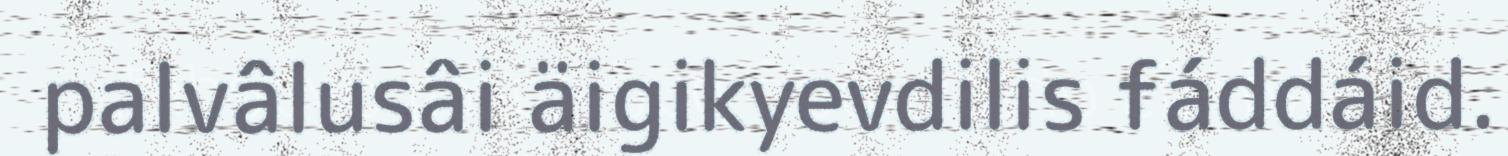
palvâlusâi äigikyevdilis fáddáid.